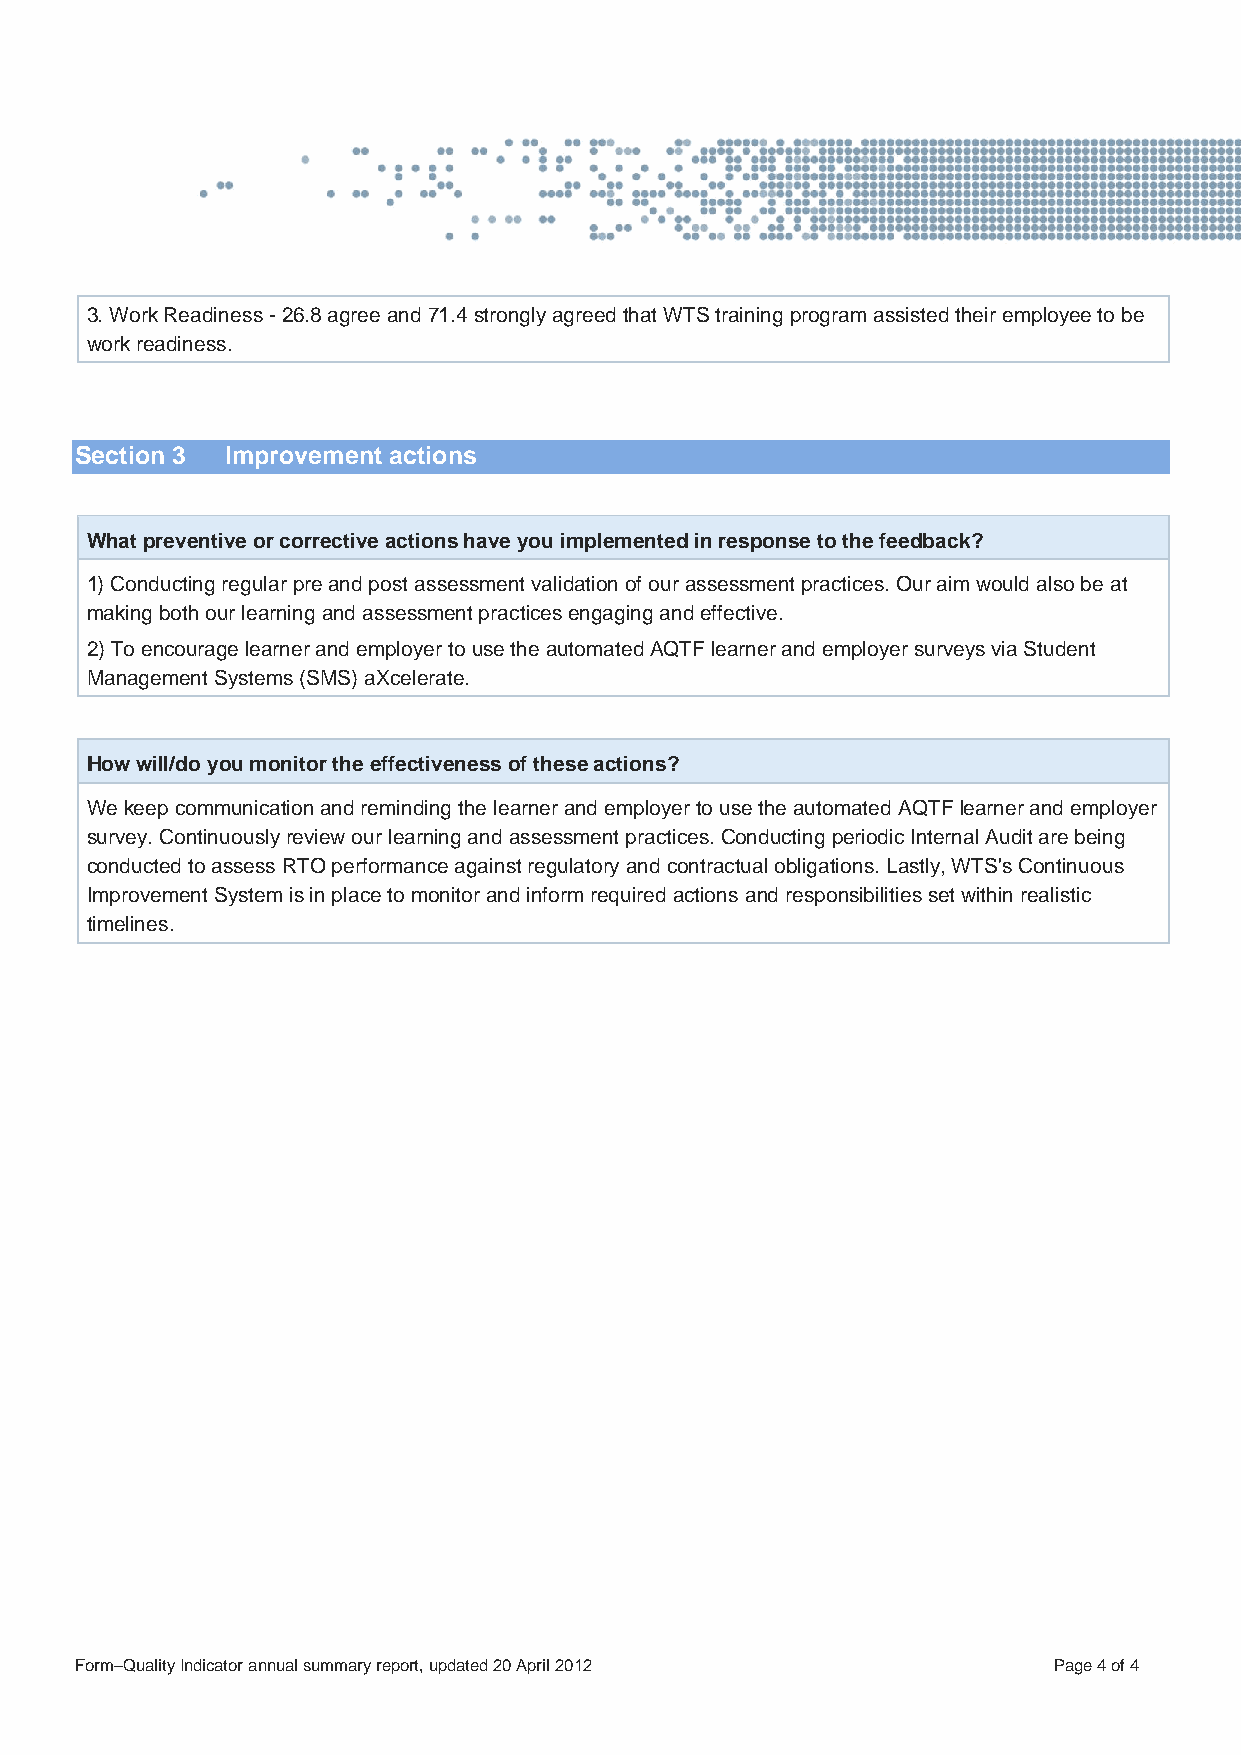
3. Work Readiness - 26.8 agree and 71.4 strongly agreed that WTS training program assisted their employee to be
 work readiness.
 Section 3 Improvement actions
 What preventive or corrective actions have you implemented in response to the feedback?
 1) Conducting regular pre and post assessment validation of our assessment practices. Our aim would also be at
 making both our learning and assessment practices engaging and effective.
 2) To encourage learner and employer to use the automated AQTF learner and employer surveys via Student
 Management Systems (SMS) aXcelerate.
 How will/do you monitor the effectiveness of these actions?
 We keep communication and reminding the learner and employer to use the automated AQTF learner and employer
 survey. Continuously review our learning and assessment practices. Conducting periodic Internal Audit are being
 conducted to assess RTO performance against regulatory and contractual obligations. Lastly, WTS's Continuous
 Improvement System is in place to monitor and inform required actions and responsibilities set within realistic
 timelines.
 Form–Quality Indicator annual summary report, updated 20 April 2012 Page 4 of 4